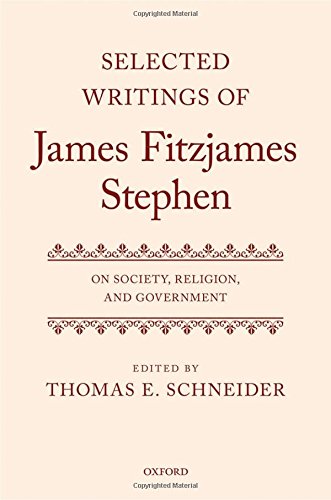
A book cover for Selected Writings of James Fitzjames Stephen: On Society, Religion, and Government; Literature & Fiction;